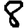
Digit: 8